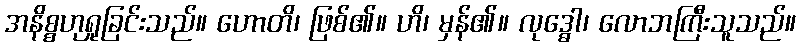
အနိစ္စဟုရှုခြင်းသည်။ ဟောတိ၊ ဖြစ်၏။ ဟိ၊ မှန်၏။ လုဒ္ဓေါ၊ လောဘကြီးသူသည်။